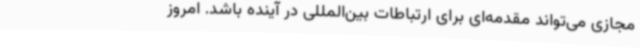
مجازی می‌تواند مقدمه‌ای برای ارتباطات بین‌المللی در آینده باشد. امروز